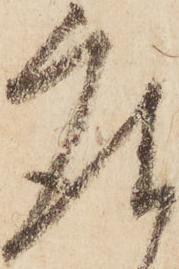
座